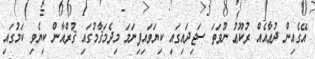
އޭގެއިން ދުޢާއެއް ރުކޫޢު ނުވަތަ ސަޖިދައިގައި ކިޔަވައިފިނަމަ މިދެމަޤާމުގައި ޤުރްއާން ކިޔެވި ކަމުގައި